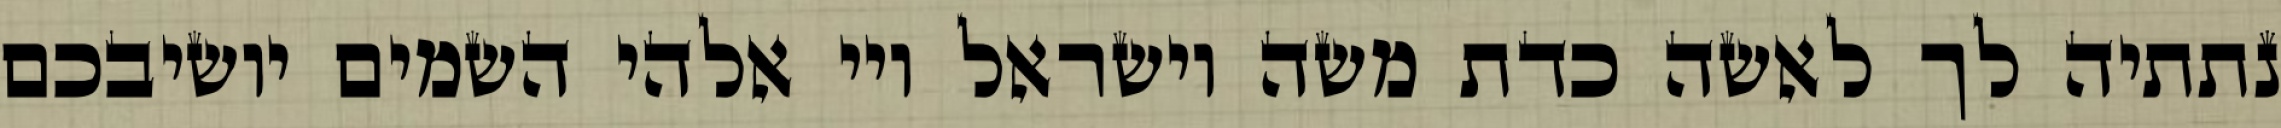
נתתיה לך לאשה כדת משה וישראל ויי אלהי השמים יושיבכם